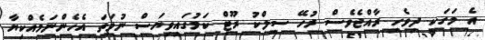
އެ މަގަކީ ދިވެހި ރާއްޖެވެސް ރުހޭ ސިލްކު ރޫޓް ކަމުގައިވިޔަސް ނުވަތަ އެހެންނަމެއްކިޔާ